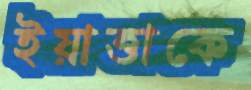
ইয়াত্তাকে